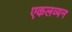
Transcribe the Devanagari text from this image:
एकलव्यन